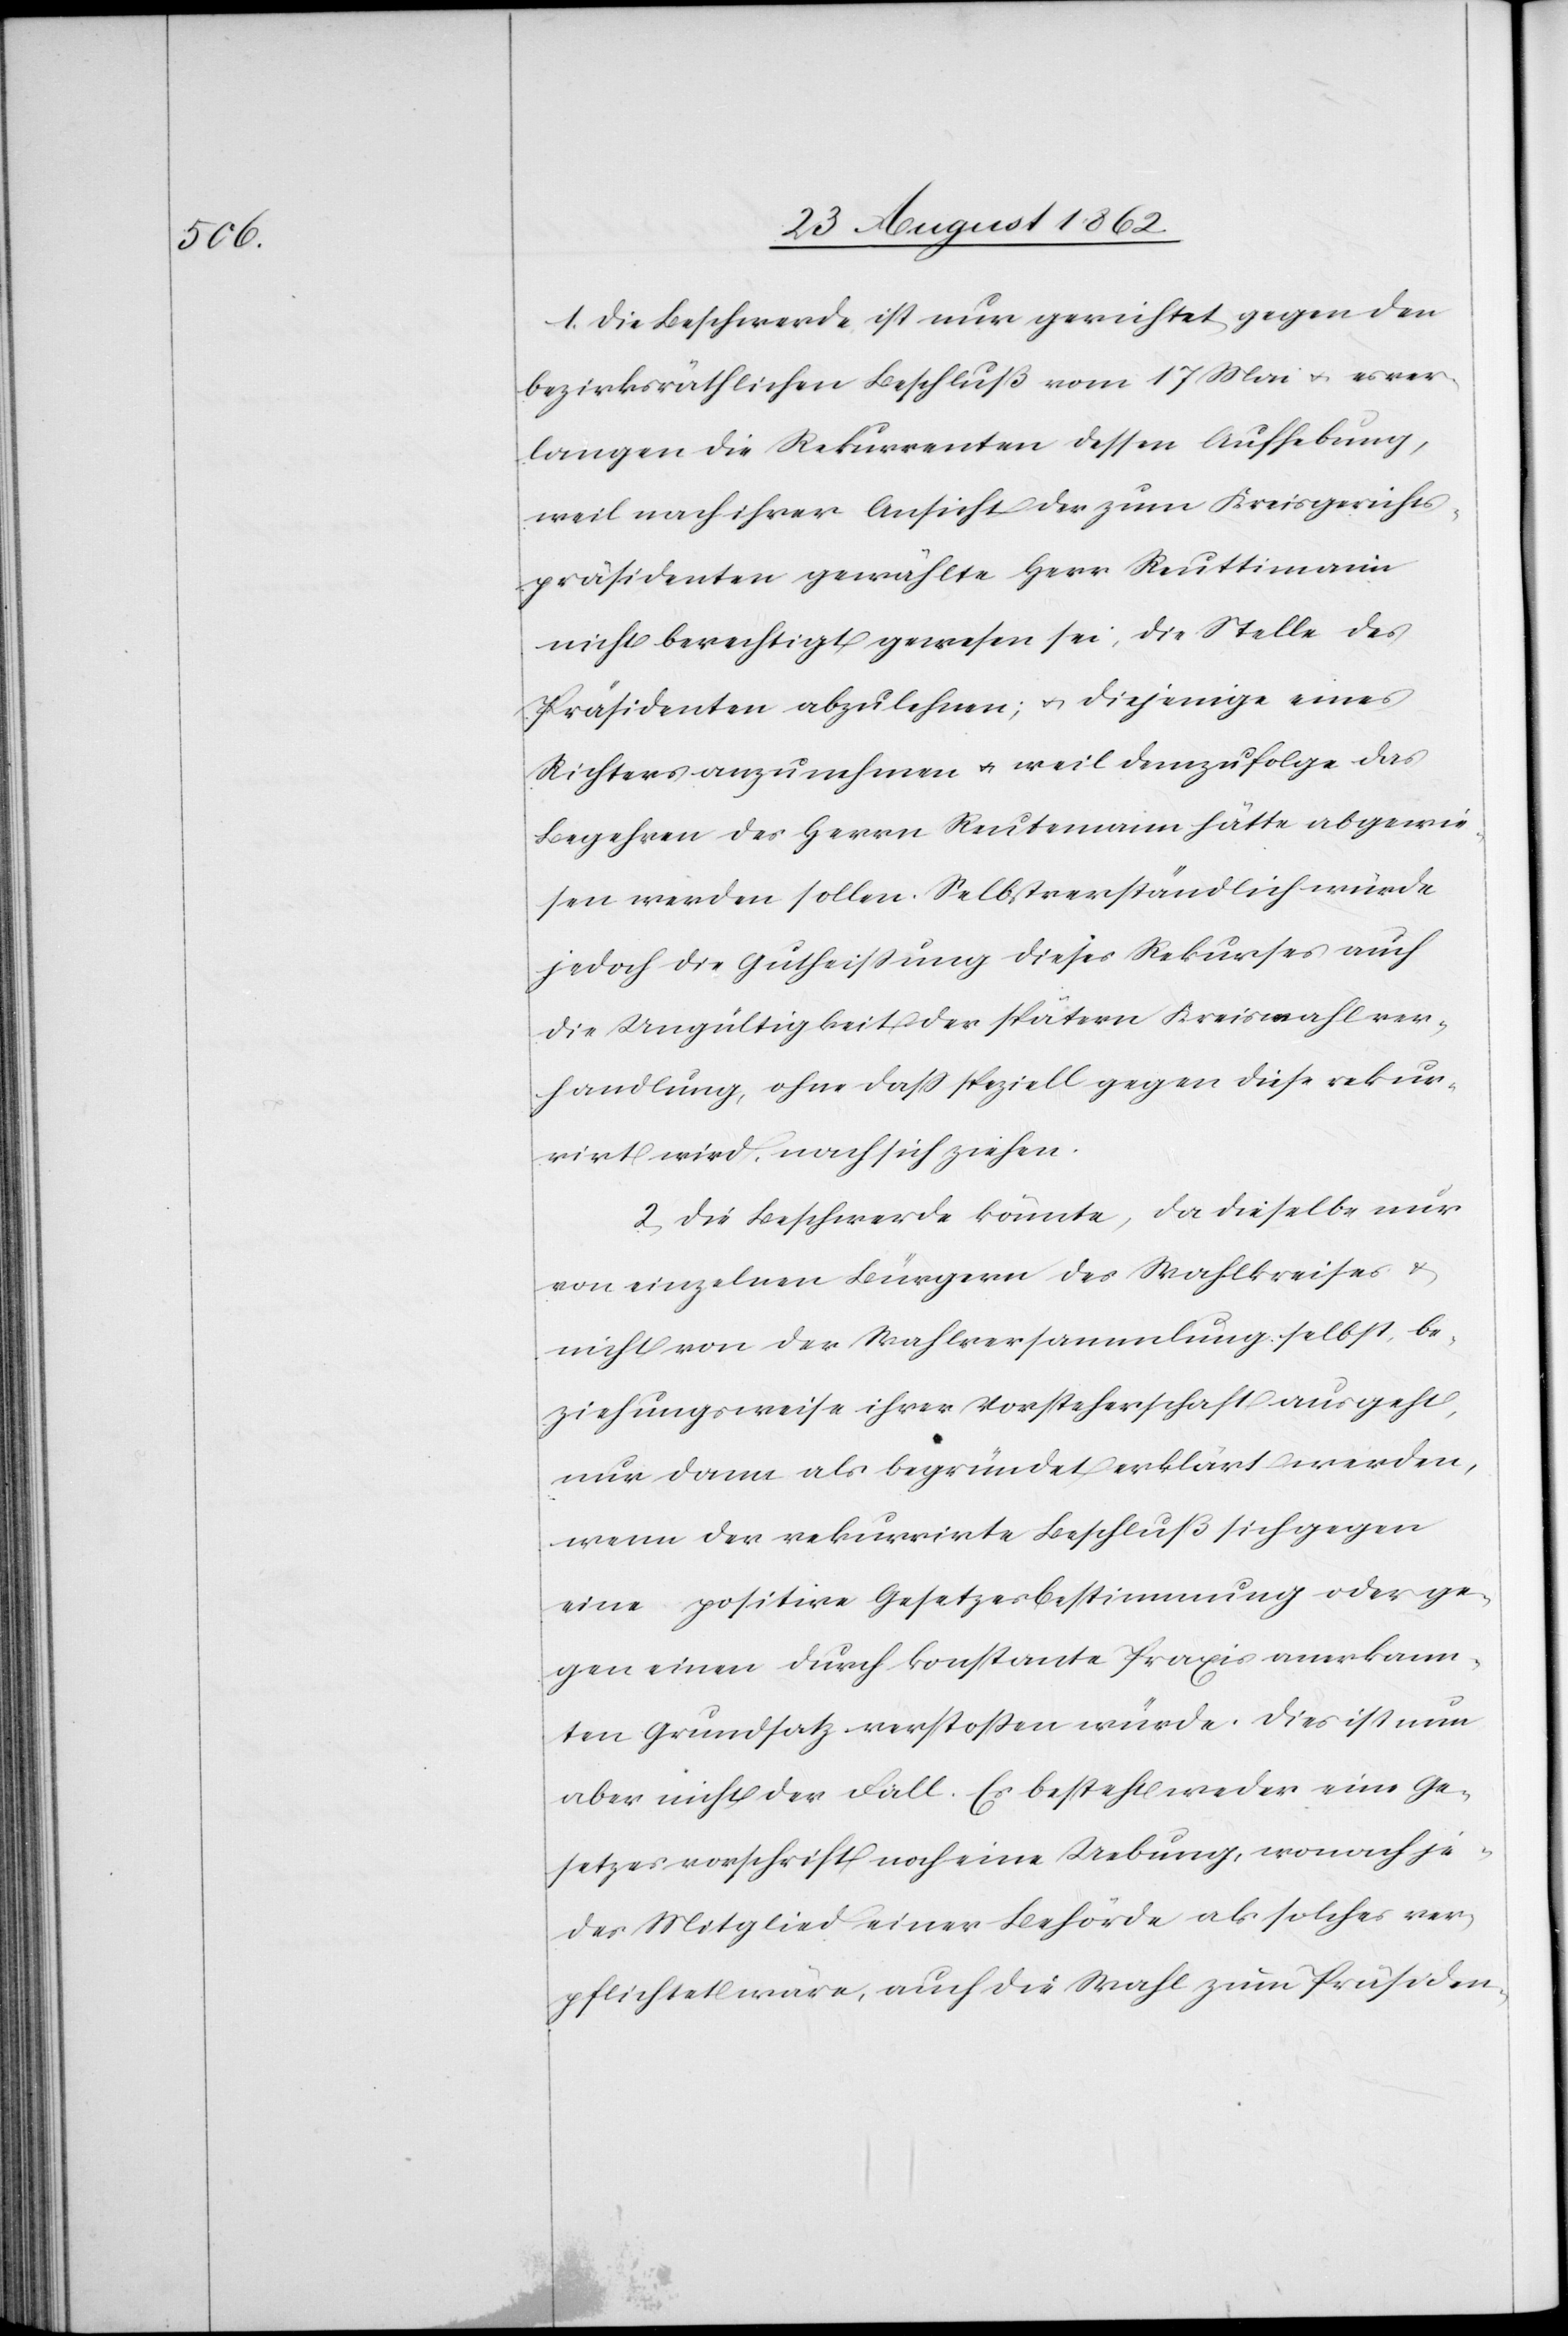
1. Die Beschwerde ist nur gerichtet gegen den
bezirksräthlichen Beschluß vom 17. Mai u. es ver¬
langen die Rekurrenten dessen Aufhebung,
weil nach ihrer Ansicht der zum Kreisgerichts¬
präsidenten gewählte Herr Reuttimann
nicht berechtigt gewesen sei, die Stelle des
Präsidenten abzulehnen, u. diejenige eines
Richters anzunehmen u. weil demzufolge das
Begehren des Herrn Reutemann hätte abgewie¬
sen werden sollen. Selbstverständlich würde
jedoch die Gutheißung dieses Rekurses auch
in Ungültigkeit der spätern Kreiswahlver¬
handlung, ohne daß speziell gegen diese rekur¬
rirt wird, nach sich ziehen.
2. Die Beschwerde könnte, da dieselbe nur
von einzelnen Bürgern des Wahlkreises u.
nicht von der Wahlversammlung selbst, be¬
ziehungsweise ihrer Vorsteherschaft ausgeht,
nur dann als begründet erklärt werden,
wenn der rekurrirte Beschluß sich gegen
eine positive Gesetzesbestimmung oder ge¬
gen einen durch konstante Praxis anerkann¬
ten Grundsatz verstoßen würde. Dies ist nun
aber nicht der Fall. Es besteht weder eine Ge¬
setzesvorschrift noch eine Uebung, wonach je¬
des Mitglied einer Behörde als solche ver¬
pflichtet wäre, auch die Wahl zum Präsiden-